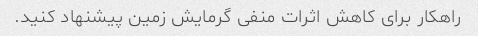
راهکار برای کاهش اثرات منفی گرمایش زمین پیشنهاد کنید.